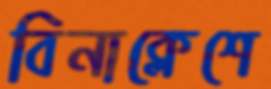
বিনাক্লেশে